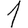
Digit: 1